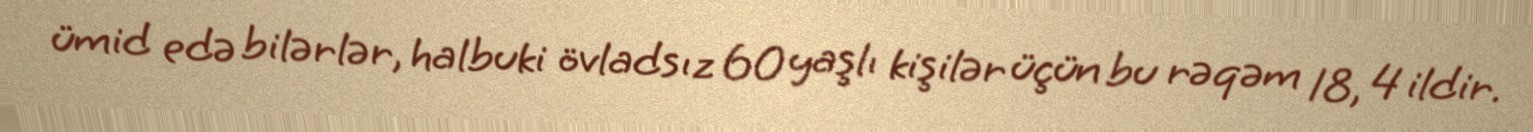
ümid edə bilərlər, halbuki övladsız 60 yaşlı kişilər üçün bu rəqəm 18, 4 ildir.